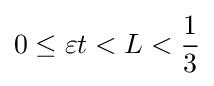
0\leq \varepsilon t<L<{\frac {1}{3}}